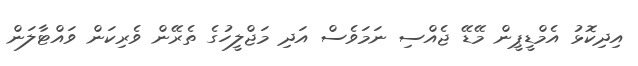
އިދިކޮޅު އެމްޑީޕީން މޭޑޭ ޖެއްސި ނަމަވެސް އަދި މަޖްލީހުގެ ތެރޭން ވެރިކަން ވައްޓާލަން